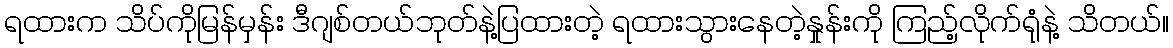
ရထားက သိပ်ကိုမြန်မှန်း ဒီဂျစ်တယ်ဘုတ်နဲ့ပြထားတဲ့ ရထားသွားနေတဲ့နှုန်းကို ကြည့်လိုက်ရုံနဲ့ သိတယ်။